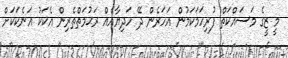
މީ ޒީގެ މަސައްކަތް ފުރިހަމަކަމުން އަހަރެން ދޭ ހަދިޔާއެއް ރަޙުމަތްތެރިން އެކަކު އަނެކަކަށް